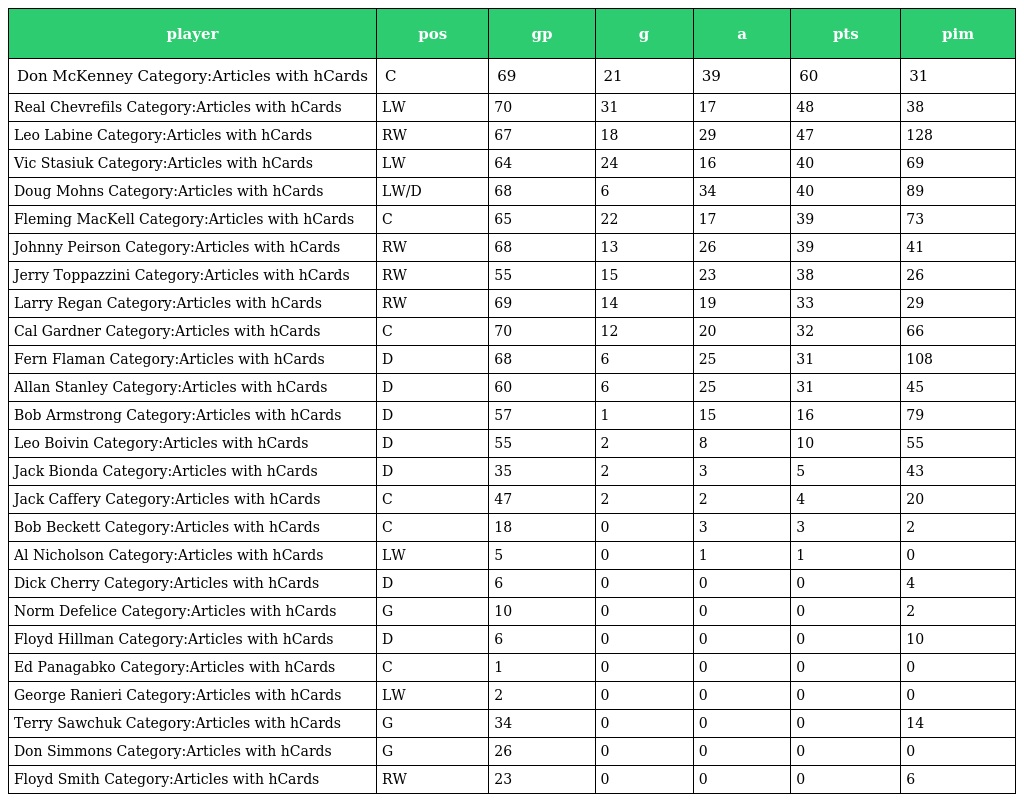
| player | pos | gp | g | a | pts | pim |
 | --- | --- | --- | --- | --- | --- | --- |
 | Don McKenney Category:Articles with hCards | C | 69 | 21 | 39 | 60 | 31 |
 | Real Chevrefils Category:Articles with hCards | LW | 70 | 31 | 17 | 48 | 38 |
 | Leo Labine Category:Articles with hCards | RW | 67 | 18 | 29 | 47 | 128 |
 | Vic Stasiuk Category:Articles with hCards | LW | 64 | 24 | 16 | 40 | 69 |
 | Doug Mohns Category:Articles with hCards | LW/D | 68 | 6 | 34 | 40 | 89 |
 | Fleming MacKell Category:Articles with hCards | C | 65 | 22 | 17 | 39 | 73 |
 | Johnny Peirson Category:Articles with hCards | RW | 68 | 13 | 26 | 39 | 41 |
 | Jerry Toppazzini Category:Articles with hCards | RW | 55 | 15 | 23 | 38 | 26 |
 | Larry Regan Category:Articles with hCards | RW | 69 | 14 | 19 | 33 | 29 |
 | Cal Gardner Category:Articles with hCards | C | 70 | 12 | 20 | 32 | 66 |
 | Fern Flaman Category:Articles with hCards | D | 68 | 6 | 25 | 31 | 108 |
 | Allan Stanley Category:Articles with hCards | D | 60 | 6 | 25 | 31 | 45 |
 | Bob Armstrong Category:Articles with hCards | D | 57 | 1 | 15 | 16 | 79 |
 | Leo Boivin Category:Articles with hCards | D | 55 | 2 | 8 | 10 | 55 |
 | Jack Bionda Category:Articles with hCards | D | 35 | 2 | 3 | 5 | 43 |
 | Jack Caffery Category:Articles with hCards | C | 47 | 2 | 2 | 4 | 20 |
 | Bob Beckett Category:Articles with hCards | C | 18 | 0 | 3 | 3 | 2 |
 | Al Nicholson Category:Articles with hCards | LW | 5 | 0 | 1 | 1 | 0 |
 | Dick Cherry Category:Articles with hCards | D | 6 | 0 | 0 | 0 | 4 |
 | Norm Defelice Category:Articles with hCards | G | 10 | 0 | 0 | 0 | 2 |
 | Floyd Hillman Category:Articles with hCards | D | 6 | 0 | 0 | 0 | 10 |
 | Ed Panagabko Category:Articles with hCards | C | 1 | 0 | 0 | 0 | 0 |
 | George Ranieri Category:Articles with hCards | LW | 2 | 0 | 0 | 0 | 0 |
 | Terry Sawchuk Category:Articles with hCards | G | 34 | 0 | 0 | 0 | 14 |
 | Don Simmons Category:Articles with hCards | G | 26 | 0 | 0 | 0 | 0 |
 | Floyd Smith Category:Articles with hCards | RW | 23 | 0 | 0 | 0 | 6 |